Report on vaccination North-West Frontier Province 1904-1922 - 1904-1922
Year: 1904
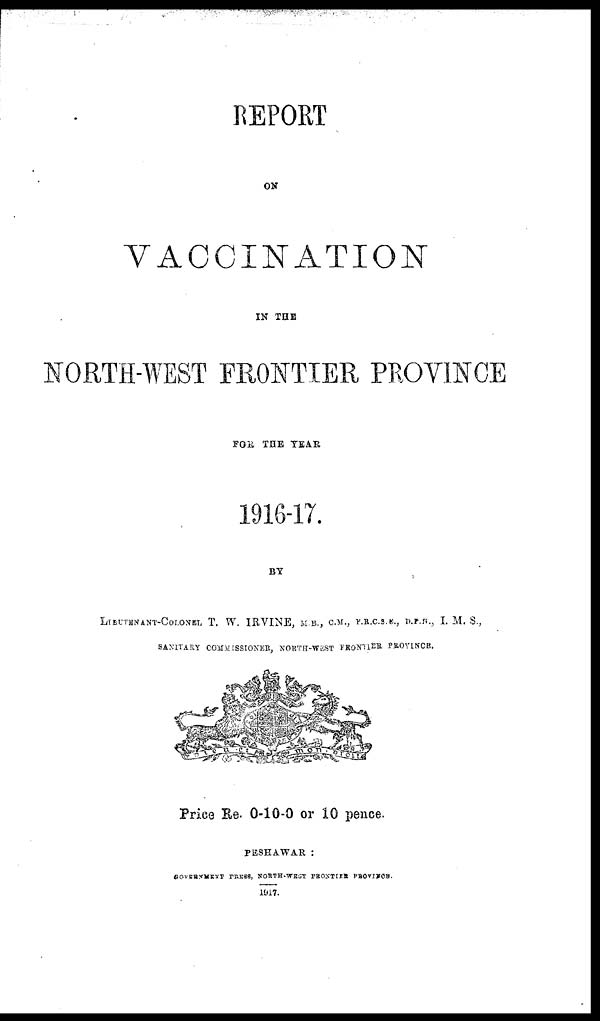
REPORT
ON
VACCINATION
IN THE
NORTH-WEST FRONTIER PROVINCE
FOR THE YEAR
1916-17.
BY
LIEUTENANT-COLONEL T. W. IRVINE, M.B., C.M., F.R.C.S.E., D.P.H., I. M. S.,
SANITARY COMMISSIONER, NORTH-WEST FRONTIER PROVINCE.
Price Re. 0-10-0 or 10 pence.
PESHAWAR :
GOVERNMENT PRESS, NORTH-WEST FRONTIER PROVINCE.
1917.